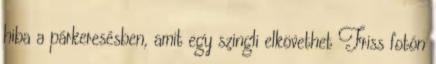
hiba a párkeresésben, amit egy szingli elkövethet Friss fotón